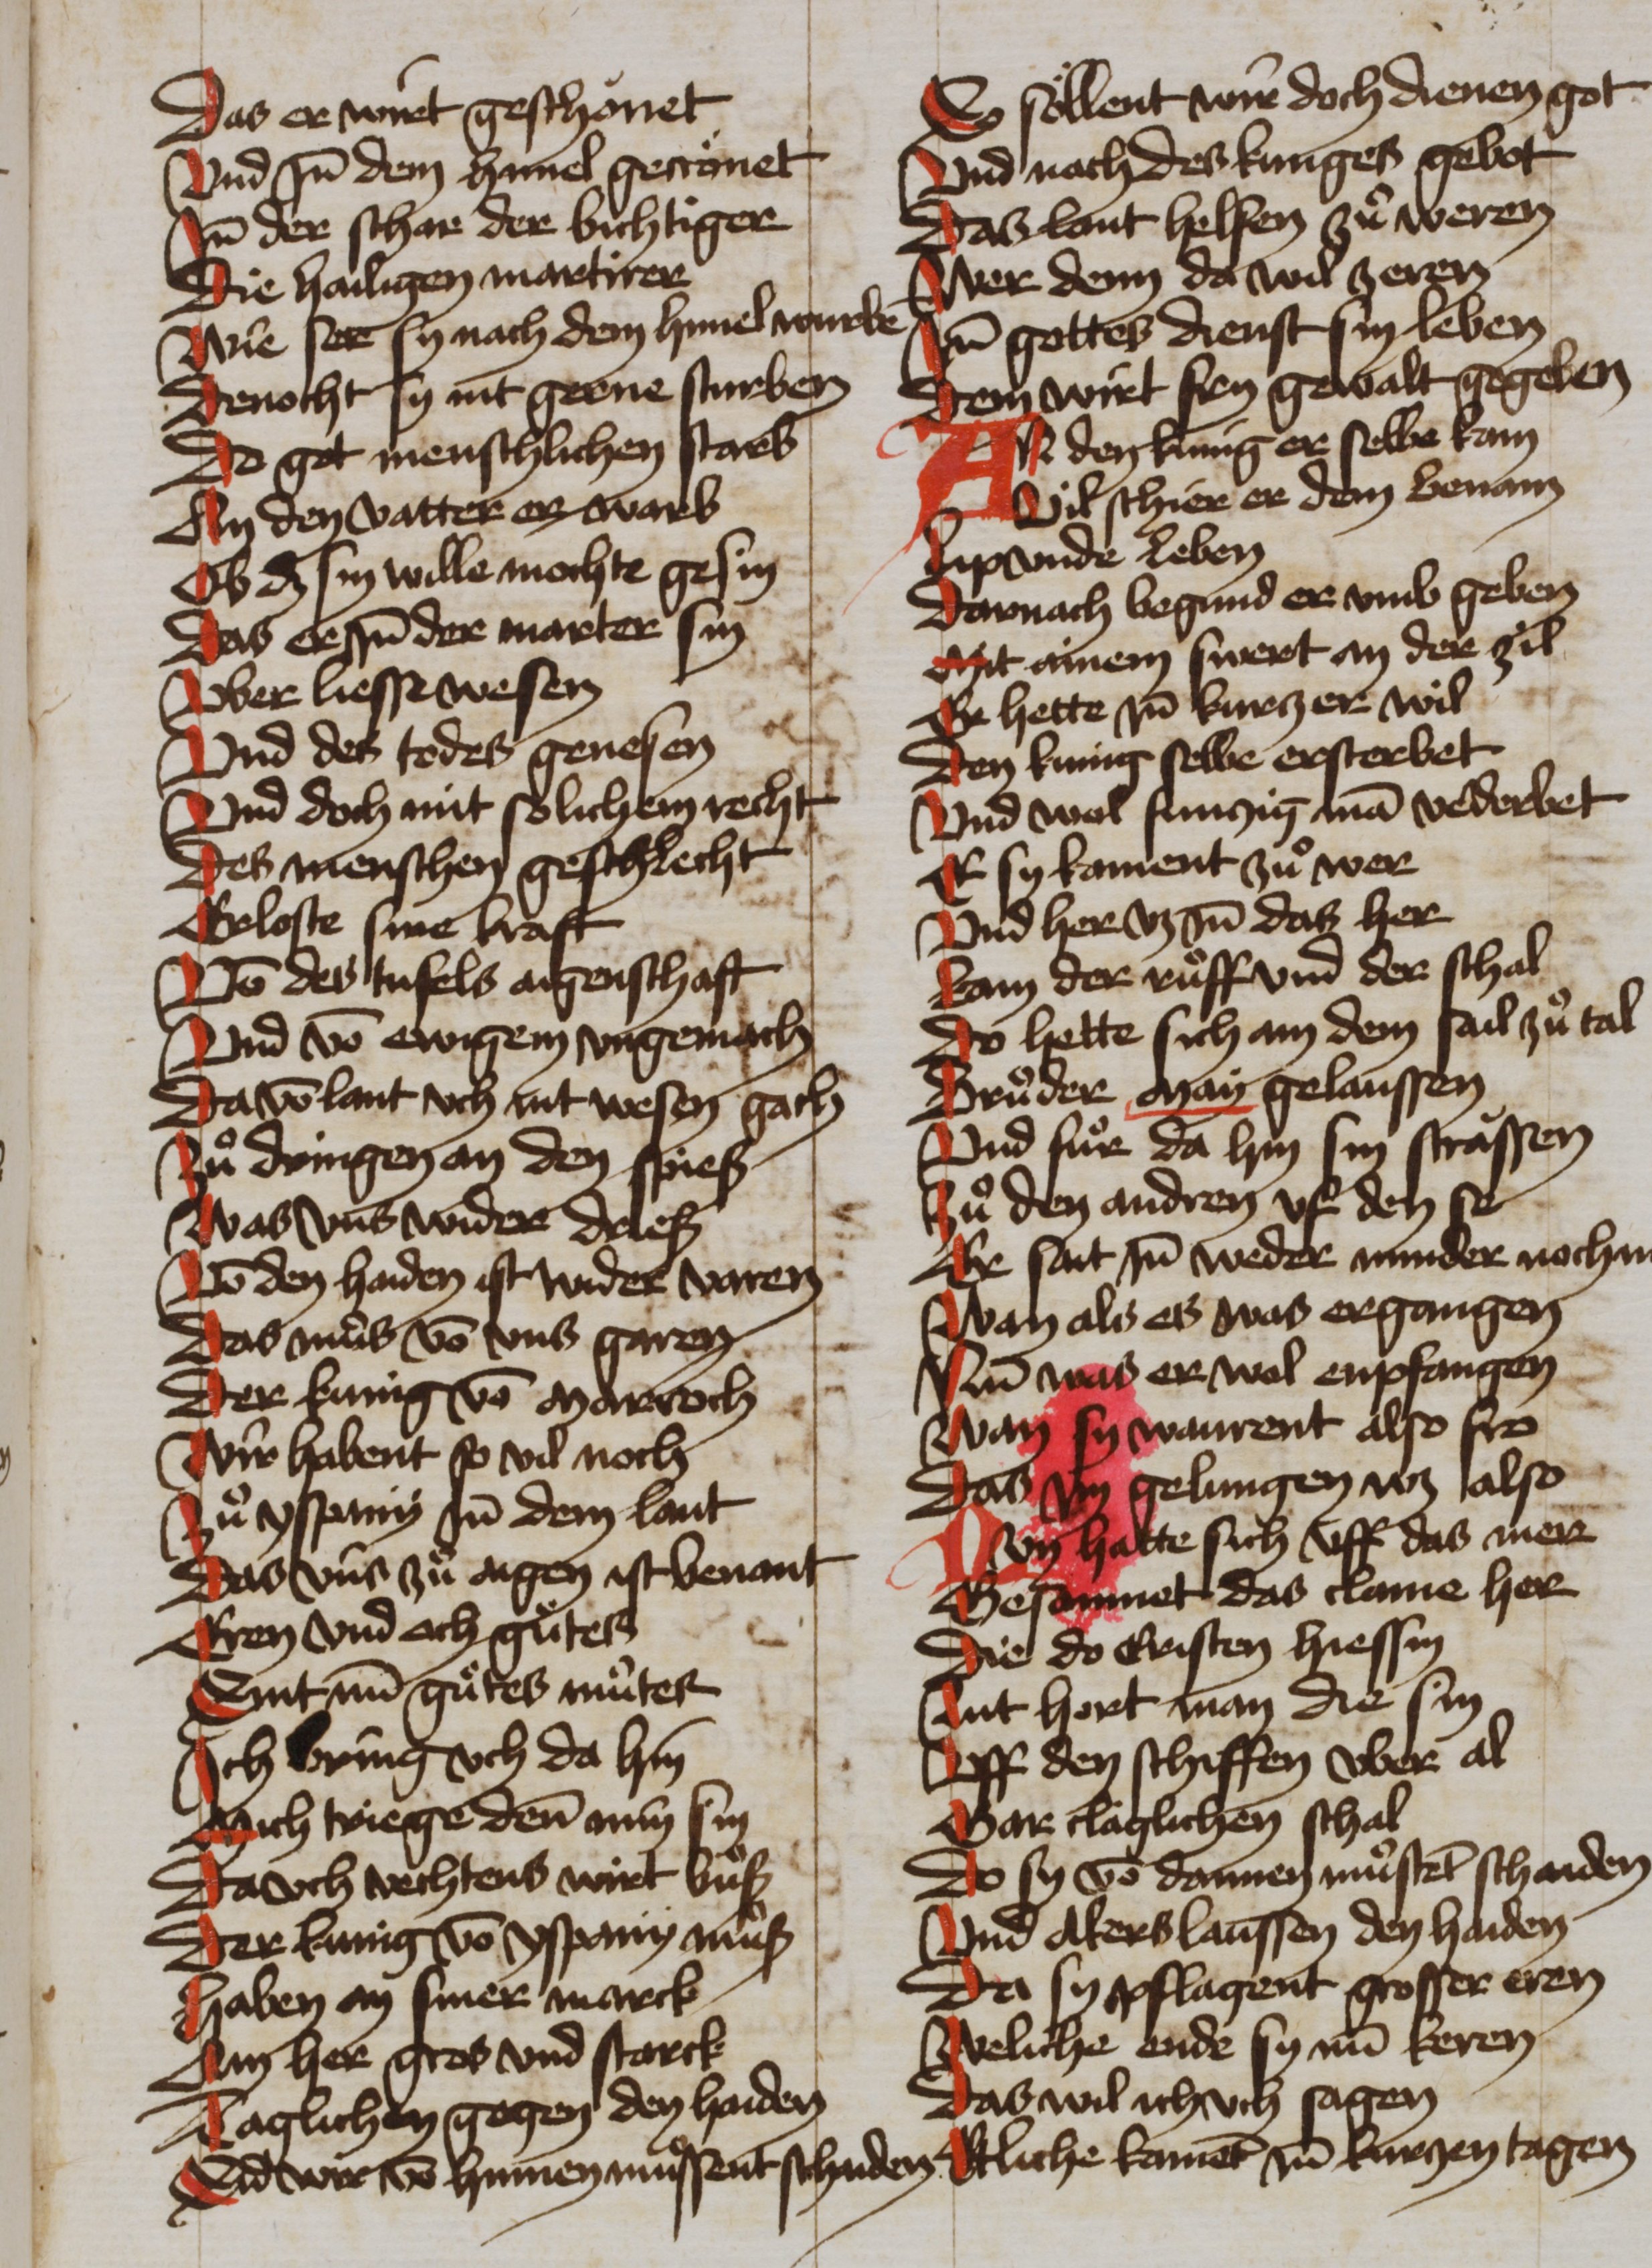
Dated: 1465–1465